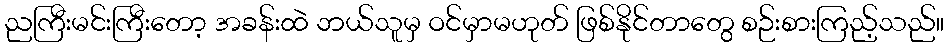
ညကြီးမင်းကြီးတော့ အခန်းထဲ ဘယ်သူမှ ဝင်မှာမဟုတ် ဖြစ်နိုင်တာတွေ စဉ်းစားကြည့်သည်။